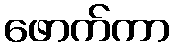
ဖောက်ကာ